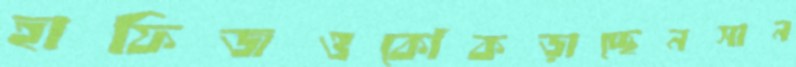
হাফিজওকোঁকড়াচ্ছেনসান